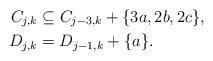
LaTeX: \begin{align*}C_{j,k} & \subseteq C_{j-3,k} + \{ 3a, 2b, 2c \},\\D_{j,k} & = D_{j-1,k} + \{ a \}.\end{align*}